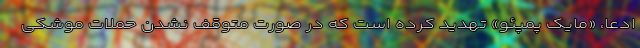
ادعا، «مایک پمپئو» تهدید کرده است که در صورت متوقف نشدن حملات موشکی